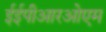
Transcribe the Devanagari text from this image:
ईईपीआरओएम